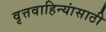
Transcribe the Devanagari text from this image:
वृत्तवाहिन्यांसाठी